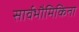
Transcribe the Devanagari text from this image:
सार्वभौमिकिता